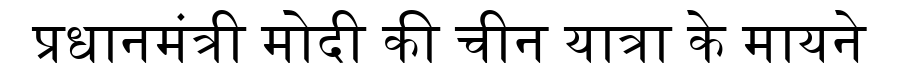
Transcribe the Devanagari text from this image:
प्रधानमंत्री मोदी की चीन यात्रा के मायने